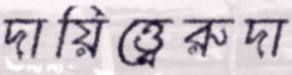
দায়িত্ত্বেরুদা